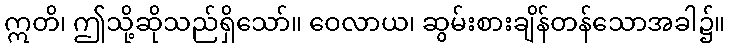
ဣတိ၊ ဤသို့ဆိုသည်ရှိသော်။ ဝေလာယ၊ ဆွမ်းစားချိန်တန်သောအခါ၌။